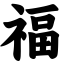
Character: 福